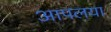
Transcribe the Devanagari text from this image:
आपलया